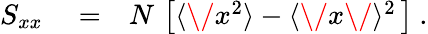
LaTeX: \begin{array}{rlr}{S_{xx}}&{{}=}&{N\, \left[\langle\/ x^{2}\rangle-\langle\/ x\/ \rangle^{2}\, \right]\ .}\end{array}